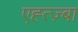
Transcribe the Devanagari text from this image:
एह्त्ज़्बा